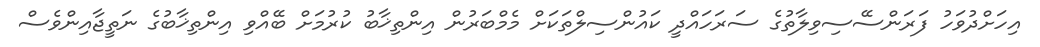
އިހަށްދުވަހު ފަރަންސޭސިވިލާތުގެ ސަރަހައްދީ ކައުންސިލްތަކަށް މެމްބަރުން އިންތިޚާބު ކުރުމަށް ބޭއްވި އިންތިޚާބުގެ ނަތީޖާއިންވެސް